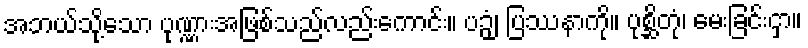
အဘယ်သို့သော ပုဏ္ဏားအဖြစ်သည်လည်းကောင်း။ ပဉှံ၊ ပြဿနာကို။ ပုစ္ဆိတုံ၊ မေးခြင်းငှာ။